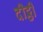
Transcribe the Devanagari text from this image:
दीट्ठी